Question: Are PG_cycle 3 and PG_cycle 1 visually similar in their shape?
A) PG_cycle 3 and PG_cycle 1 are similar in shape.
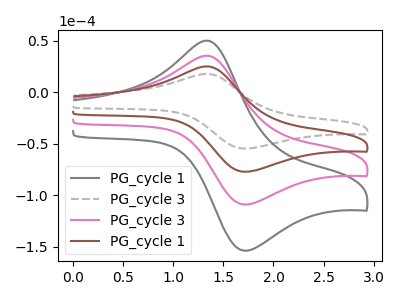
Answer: <think>The gray curve "PG_cycle 1" has an anodic peak at (1.35V, 75.35uA) and a cathodic peak at (1.70V, -231.70uA). The gray dashed curve "PG_cycle 3" has an anodic peak at (1.35V, 17.80uA) and a cathodic peak at (1.70V, -54.70uA). The pink curve "PG_cycle 3" has an anodic peak at (1.35V, 50.20uA) and a cathodic peak at (1.70V, -154.45uA). The brown curve "PG_cycle 1" has an anodic peak at (1.35V, 25.10uA) and a cathodic peak at (1.70V, -77.25uA).
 All the peaks in "PG_cycle 3" have a peak in "PG_cycle 1" at the same potential. Every peak in "PG_cycle 3" is lower than every peak in "PG_cycle 1".</think>
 <answer>A) "PG_cycle 3" and "PG_cycle 1" are similar in shape.</answer>
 <eval>A</eval>